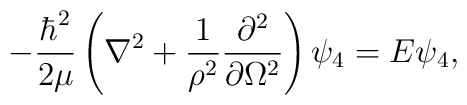
-\frac{\hbar^2}{2\mu}\left(\nabla^2+\frac{1}{\rho^2}\frac{\partial^2}{\partial \Omega^2}\right)\psi_4 = E\psi_4,